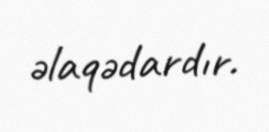
əlaqədardır.